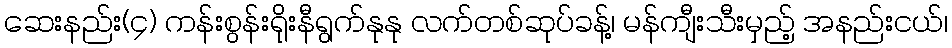
ဆေးနည်း(၄) ကန်းစွန်းရိုးနီရွက်နုနု လက်တစ်ဆုပ်ခန့်၊ မန်ကျီးသီးမှည့် အနည်းငယ်၊